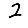
Digit: 2